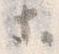
等